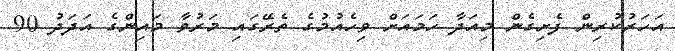
އަހަރުކުރިން ފެށިގެން މިއަދާ ހަމައަށް ވިހެއުމުގެ ތެރޭގައި މަރުވާ މައިންގެ އަދަދު 90